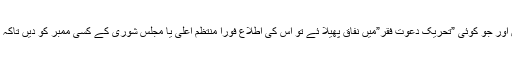
آپس میں اختلافات سے گریز کریں اور جو کوئی ”تحریک دعوتِ فقر”میں نفاق پھیلا ئے تو اس کی اطلاع فوراً منتظمِ اعلیٰ یا مجلسِ شوریٰ کے کسی ممبر کو دیں تاکہ اس کو تحریک سے نکالا جاسکے۔